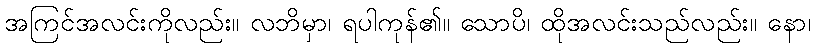
အကြင်အလင်းကိုလည်း။ လဘိမှာ၊ ရပါကုန်၏။ သောပိ၊ ထိုအလင်းသည်လည်း။ နော၊